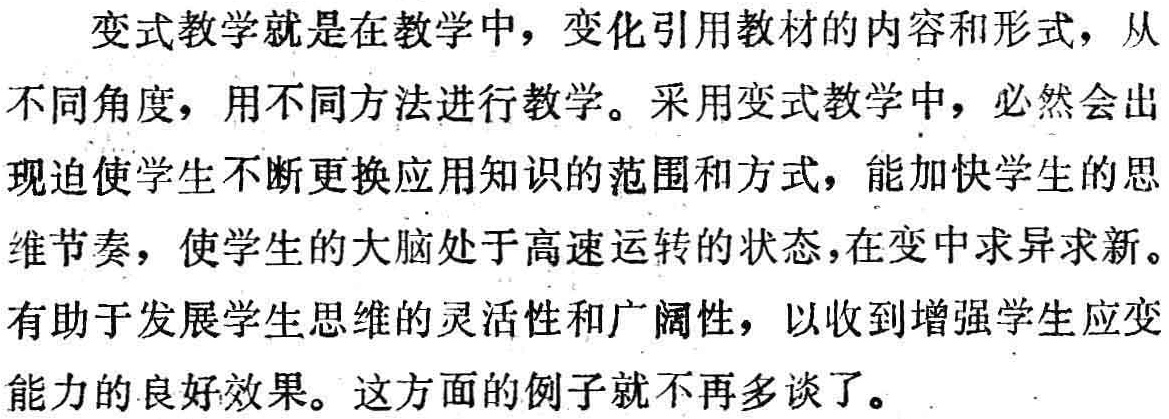
变式教学就是在教学中，变化引用教材的内容和形式，从不同角度，用不同方法进行教学。采用变式教学中，必然会出现迫使学生不断更换应用知识的范围和方式，能加快学生的思维节奏，使学生的大脑处于高速运转的状态，在变中求异求新。有助于发展学生思维的灵活性和广阔性，以收到增强学生应变能力的良好效果。这方面的例子就不再多谈了。